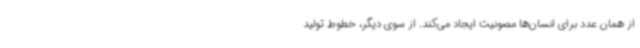
از همان عدد برای انسان‌ها مصونیت ایجاد می‌کند. از سوی دیگر، خطوط تولید